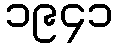
၁၉၄၁